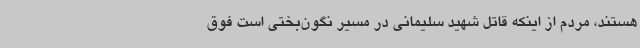
هستند، مردم از اینکه قاتل شهید سلیمانی در مسیر نگون‌بختی است فوق‌